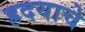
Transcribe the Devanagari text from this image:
ह्रदयाचे